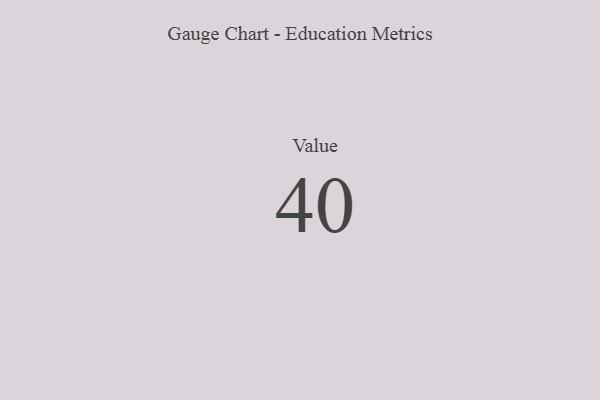
{"axis": {"x": "Metric", "y": "Value"}, "legend": [""], "data": [{"x": "Value", "y": 40, "type": ""}]}